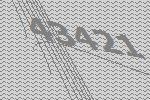
43421